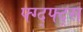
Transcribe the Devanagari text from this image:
फ्ग्द्फ्द्स